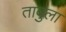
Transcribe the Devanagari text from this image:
ताबुला